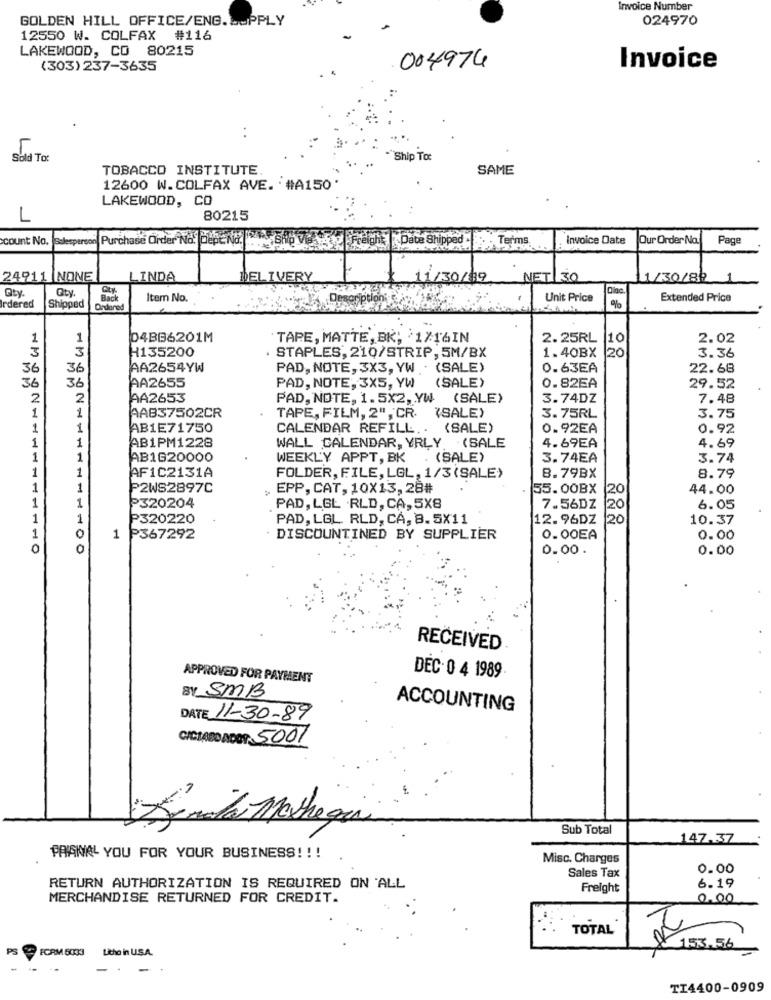
Invoice Number
GOLDEN HILL OFFICE/ENG.SUPPLY
024970
12550 W. COLFAX #116
LAKEWOOD, CO 80215
(303) 237-3635
004976
Invoice
Sold To:
Ship To:
TOBACCO INSTITUTE.
SAME
12600 W.COLFAX AVE. '#A150'
LAKEWOOD, CO
L
80215
ccount No.
Purchase Order No. dept No.
Date Shipped . .. Terms
Invoice Date
Our Order No.
Page
24911 NONE
LINDA
DELIVERY
1/30/09
NET 30
1/30/82 1
Qty.
Qty.
City.
Back
Item No.
Descripti
Unit Price
Extended Price
rdered
Shipped
Ordered
%
1
1
D4BG6201M
'TARE, MATTE, BK; 1/16IN
2.25RL
10
2.02
3
H135200
. STAPLES, 210/STRIP, 5M/BX
1.40BX
3.36
3
20
36
36
AA2654YW
PAD, NOTE, 3X3, YW . (SALE)
0.63EA
22.68
36
36
AA2655
PAD, NOTE, 3X5, YW
(SALE)
0.82EA
29.52
2
2
AA2653
PAD, NOTE, 1.5X2, YW
(SALE)
3.74DZ
7.48
1
1
AAB37502CR
TAPE, FILM, 2", CR.
"SALE)
3.75RL
3.75
1
1
AB1E71750
CALENDAR REFILL ..
(SALE)
0.92EA
0.92
1
1
AB1PM1228
WALL CALENDAR, YRLY. (SALE
4.69EA
4.69
nMOT
1
1
AB1G20000
WEEKLY APPT, BK .(SALE)
3.74EA
3.74
1
1
AF1C2131A
FOLDER, FILE, LGL, 1/3(SALE>
8.79BX
8.79
1
1
P2WS2897C
EPP, CAT, 10X13,28#
55.00BX
20
44.00
1
1
P320204
PAD, LGL .RLD, CA, 5X8
7.56DZ
20
6.05
1
1
P320220
PAD, LGL. RLD, CA, 8. 5X11
12.96DZ
20
10.37
1
0
1
P367292
DISCOUNTINED BY SUPPLIER
0.00EA
0.00
0
0
0.00.
0.00
RECEIVED
APPROVED FOR PAYMENT
DEC 0 4 1989
BY SMB
ACCOUNTING
DATE 11-30-89
CICEABDADDY 5001
Zárta Machegar
Sub Total
147.37
PAANAL YOU FOR YOUR BUSINESS !!!
Misc. Charges
Sales Tax
0.00
RETURN AUTHORIZATION IS REQUIRED ON ALL
Freight
6.19
MERCHANDISE RETURNED FOR CREDIT.
0.00
TOTAL
PS
FCRM 5033
Litho in U.S.A.
153.56
TI4400-0909